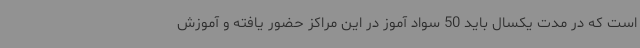
است که در مدت یکسال باید 50 سواد آموز در این مراکز حضور یافته و آموزش